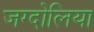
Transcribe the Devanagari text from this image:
जग्दोलिया